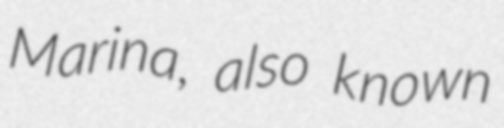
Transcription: Marina, also known